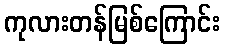
ကုလားတန်မြစ်ကြောင်း